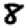
Digit: 8